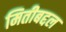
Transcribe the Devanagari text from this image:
मितीबद्दल